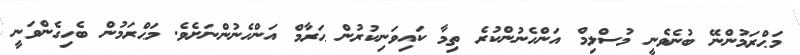
މަޙްރަމުންނޭ ބުނެވެނީ މުސްލިމް އަންހެނުންކުރެ ތިމާ ކައިވަނިކުރުން ޙަރާމް އަންހެނުންނަށެވެ. މަޙްރަމުން ބެހިގެންވަނީ